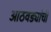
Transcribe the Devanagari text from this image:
आठवड्यांची